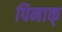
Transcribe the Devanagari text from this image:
पिनाक्